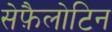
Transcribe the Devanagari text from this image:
सेफ़ैलोटिन